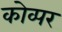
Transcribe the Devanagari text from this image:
कोव्पर